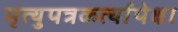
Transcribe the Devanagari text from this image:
मृत्युपत्रकर्त्यापेक्षा